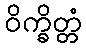
ဝိက္ခိတ္တံ